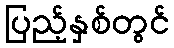
ပြည့်နှစ်တွင်